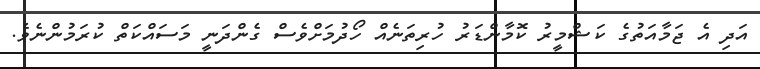
އަދި އެ ޖަމާއަތުގެ ކަޝްމީރު ކޮމާންޑަރު ހުރިތަނެއް ހޯދުމަށްވެސް ގެންދަނީ މަސައްކަތް ކުރަމުންނެވެ.